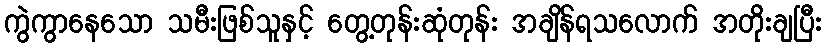
ကွဲကွာနေသော သမီးဖြစ်သူနှင့် တွေ့တုန်းဆုံတုန်း အချိန်ရသလောက် အတိုးချပြီး